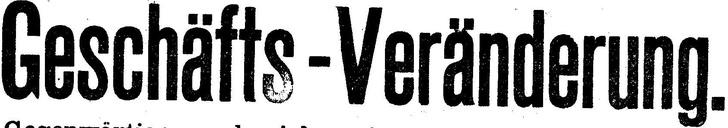
Geschäfts-Veränderung.